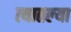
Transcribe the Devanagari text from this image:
त्‍यातल्‍या